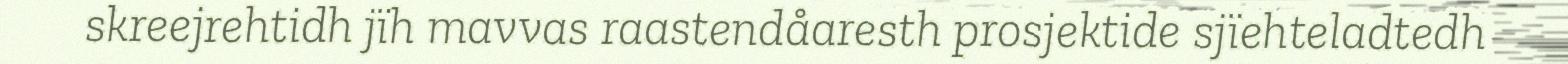
skreejrehtidh jïh mavvas raastendåaresth prosjektide sjïehteladtedh